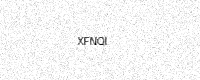
Text: XFNQI